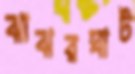
ঝাঝরঘাট